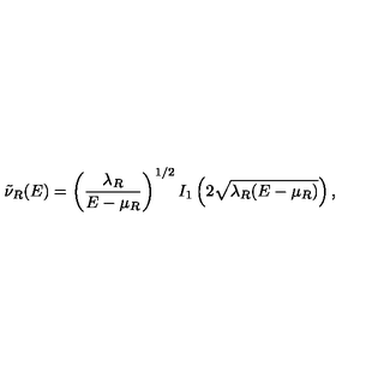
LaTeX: \tilde { \nu } _ { R } ( E ) = \left( { \frac { \lambda _ { R } } { E - \mu _ { R } } } \right) ^ { 1 / 2 } I _ { 1 } \left( 2 \sqrt { \lambda _ { R } ( E - \mu _ { R } ) } \right) ,